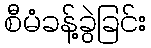
စီမံခန့်ခွဲခြင်း